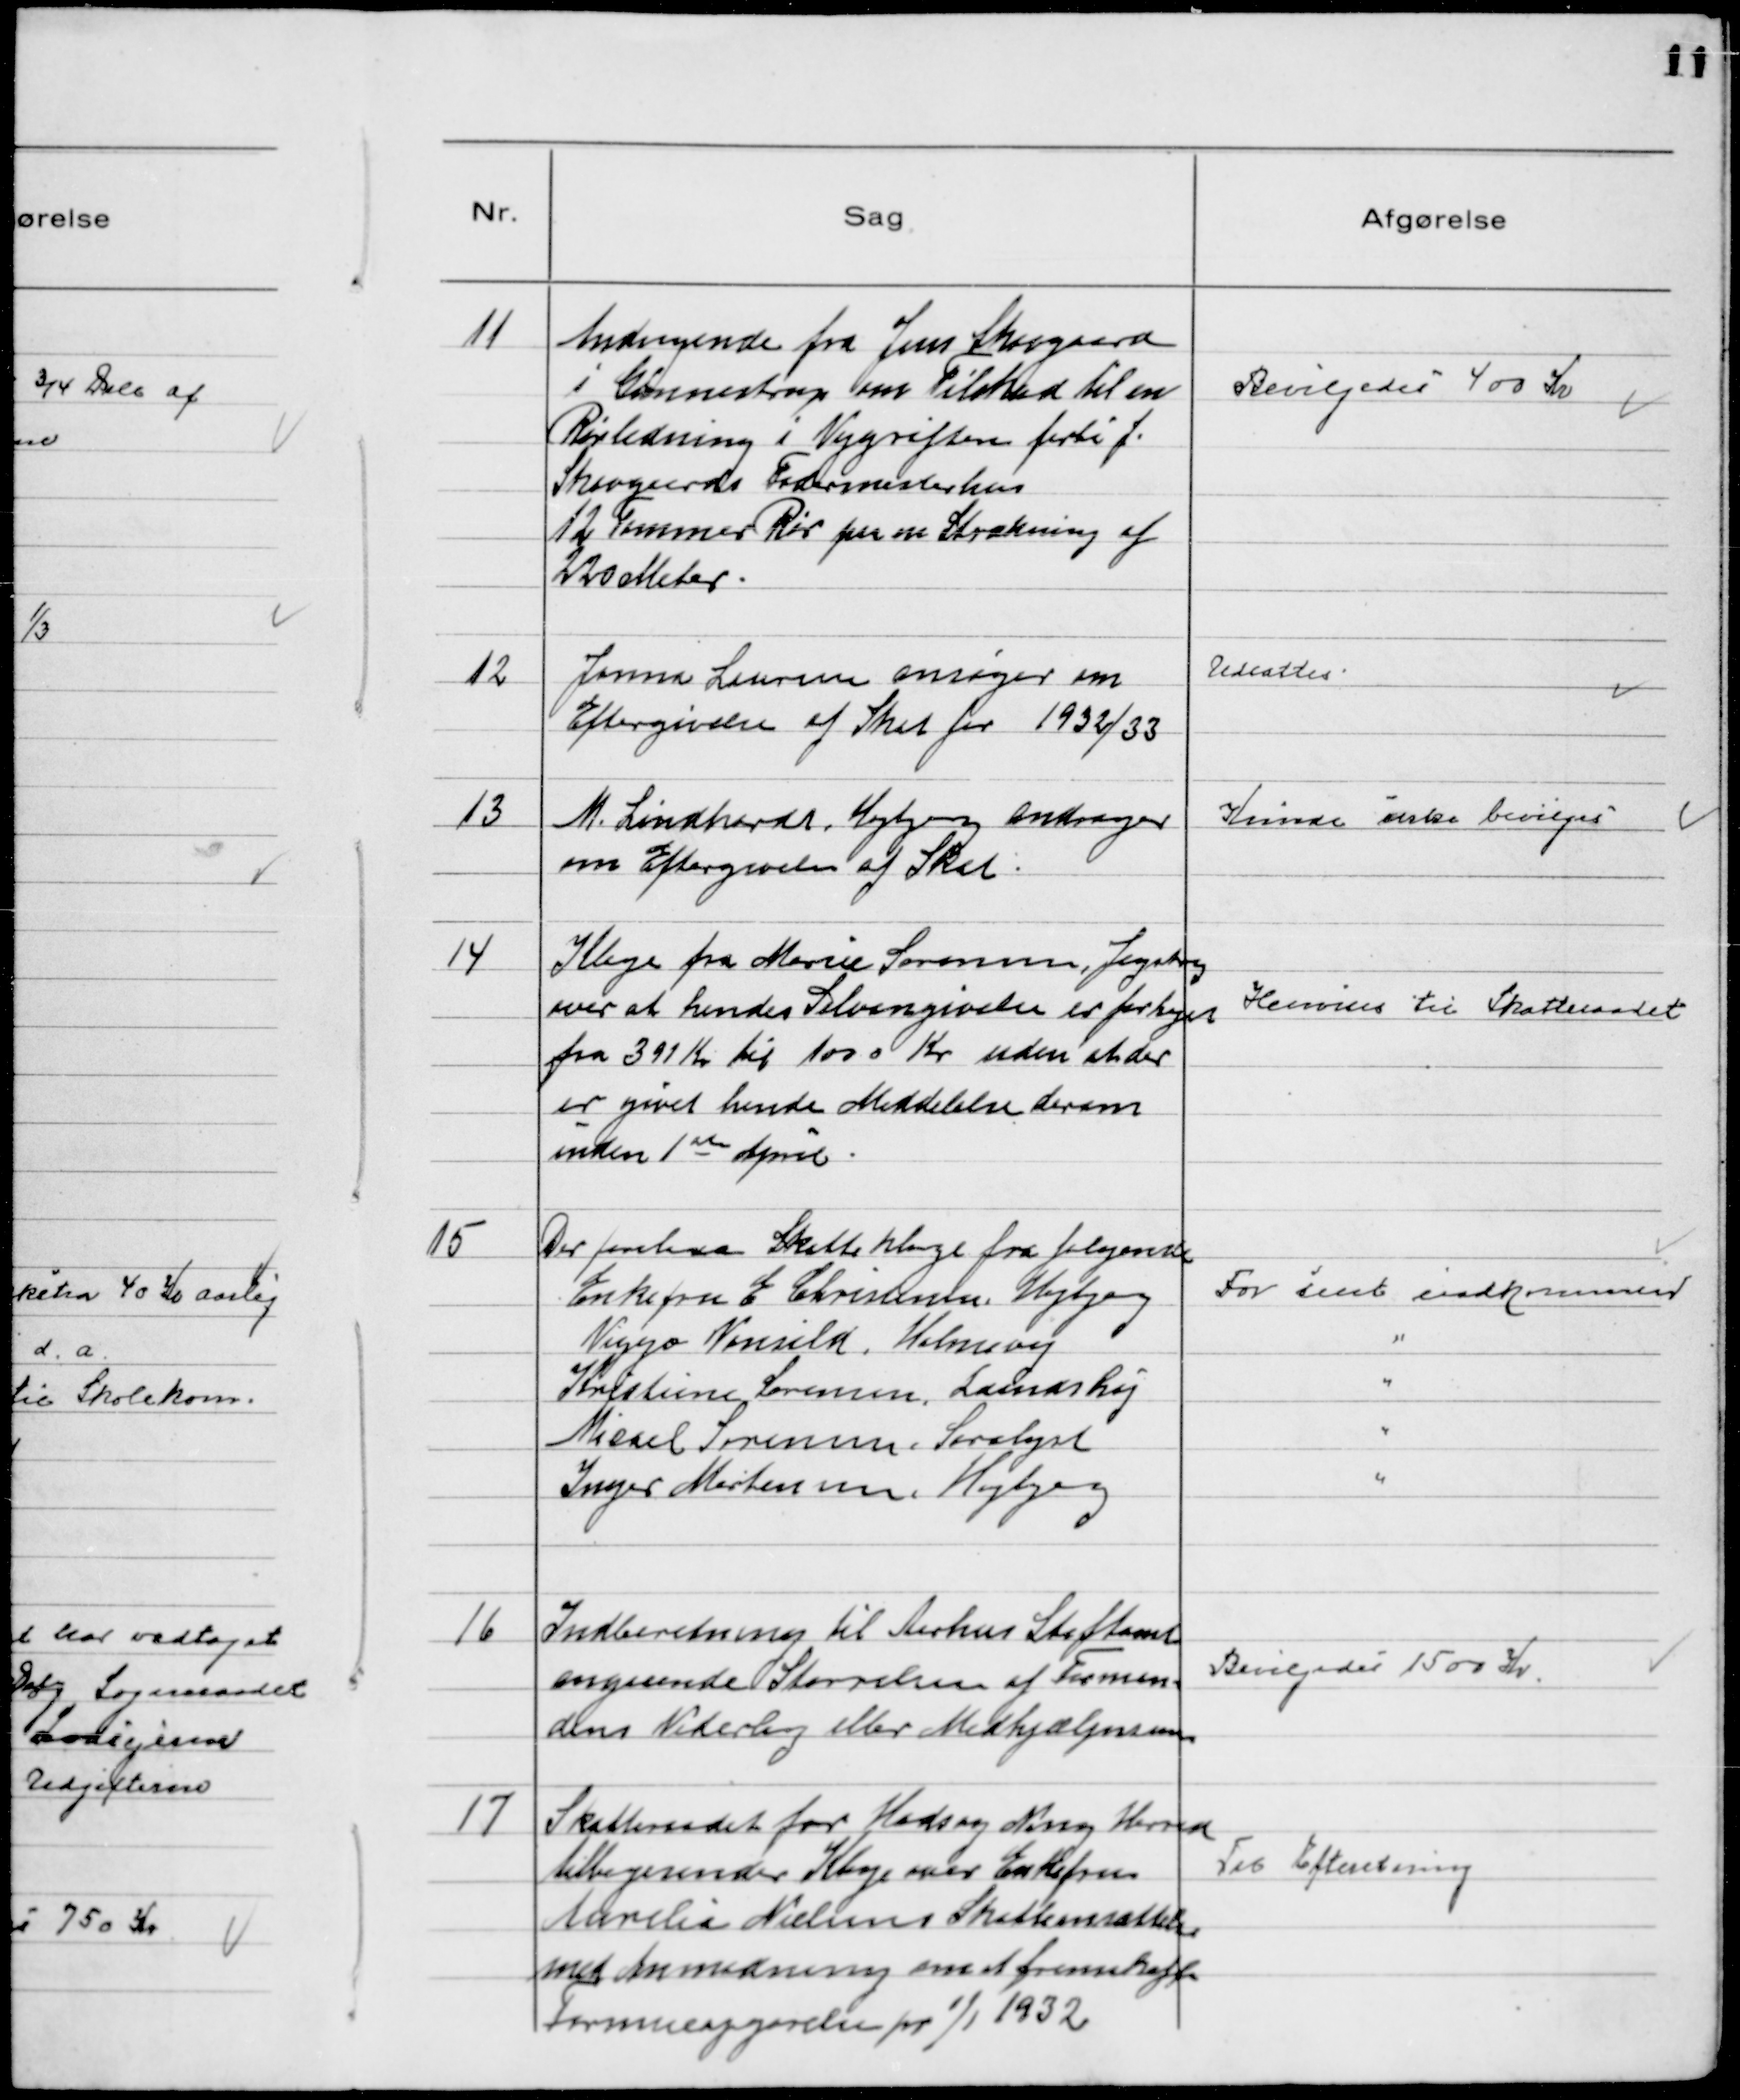
Transskription:
11
Andragende fra Jens Skovgaard
i Gunnestrup om Tilskud til en
Rørledning i Vejgrøften forbi J.
Skovgaards Fodermesterhus
12 Tommer Rør paa en Strækning af
220 Meter.

Bevilgedes 400 Kr

12
Jonna Laursen ansøger om
Eftergivelse af Skat for 1932/33

Udsattes

13
M. Lindhardt, Højbjerg andrager
om Eftergivelse af Skat

Kunde ikke bevilges

14
Klage fra Marie Sørensen, Jegstrup
over at hendes Selvangivelse er forhøjet
fra 391 Kr til 1000 Kr uden at der
er givet hende Meddelelse derom
inden 1ste April.

Henvises til Skatteraadet

15
Der forelaa Skatteklage fra følgende
Enkefru E. Christensen, Højbjerg
Viggo Vonsild, Holmevej
Kristine Sørensen, Lundshøj
Micael Sørensen, Saralyst
Inger Mortensen, Højbjerg

For sent indkommen
"
"
"
"

16
Indberetning til Aarhus Stiftamt
angaaende Størrelsen af Forman-
dens Vederlag eller Medhjælpersum

Bevilgedes 1500 Kr.

17
Skatteraadet for Hads og Ning Herred
tilbagesender Klage over Enkefru
Aurelia Nielsens Skatteansættelse
med Anmodning om at fremskaffe
Formueopgørelse pr 1/1 1932

Til Efteretning